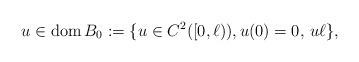
LaTeX: \begin{align*}u\in{\rm{dom}}\,B_0:=\{u\in C^2([0,\ell)), u(0)=0, \,u \ell\},\end{align*}